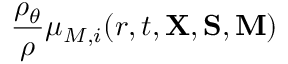
\frac { \rho _ { \theta } } { \rho } \mu _ { M , i } ( r , t , { \bf X } , { \bf S } , { \bf M } )